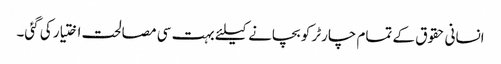
انسانی حقوق کے تمام چارٹر کو بچانے کیلئے بہت سی مصالحت اختیار کی گئی۔